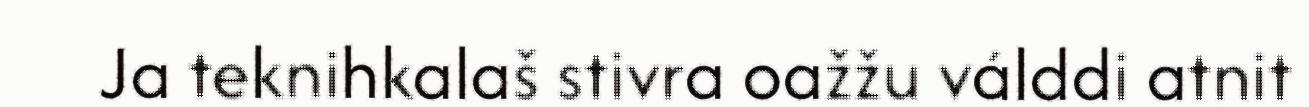
Ja teknihkalaš stivra oažžu válddi atnit